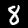
Digit: 8